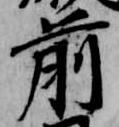
前